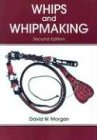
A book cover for Whips and Whipmaking; David W. Morgan; Crafts, Hobbies & Home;